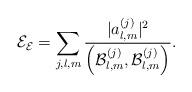
LaTeX: \begin{align*}\mathcal{E}_{\mathcal{E}}=\sum_{j,l,m}\frac{|a_{l,m}^{(j)}|^{2}}{\left(\mathcal{B}_{l,m}^{(j)},\mathcal{B}_{l,m}^{(j)}\right)}. \end{align*}